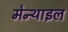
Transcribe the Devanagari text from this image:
मेन्थाइल